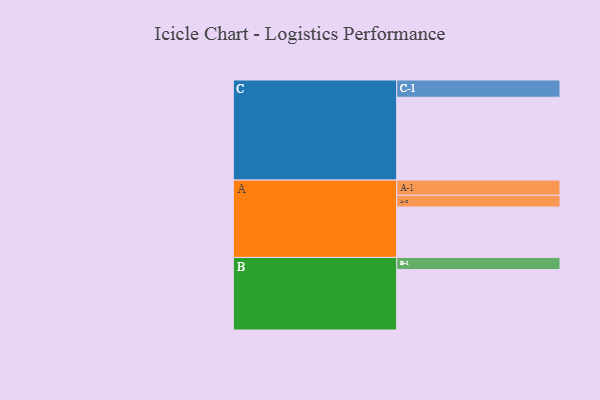
{"axis": {"x": "Segment", "y": "Value"}, "legend": ["", "A", "B", "C"], "data": [{"x": "A", "y": 348, "type": ""}, {"x": "B", "y": 417, "type": ""}, {"x": "C", "y": 572, "type": ""}, {"x": "A-1", "y": 105, "type": "A"}, {"x": "A-2", "y": 81, "type": "A"}, {"x": "B-1", "y": 84, "type": "B"}, {"x": "C-1", "y": 119, "type": "C"}]}